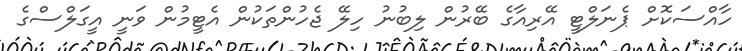
ހާއްސަކޮށް ޕެނަލްޓީ އޭރިއާގެ ބޭރުން ލިބުނު ހިލޭ ޖެހުންތަކުން އެޓީމުން ވަނީ އީގަލްސްގެ